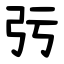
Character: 㢪